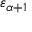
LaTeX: \varepsilon _ { \alpha + 1 }